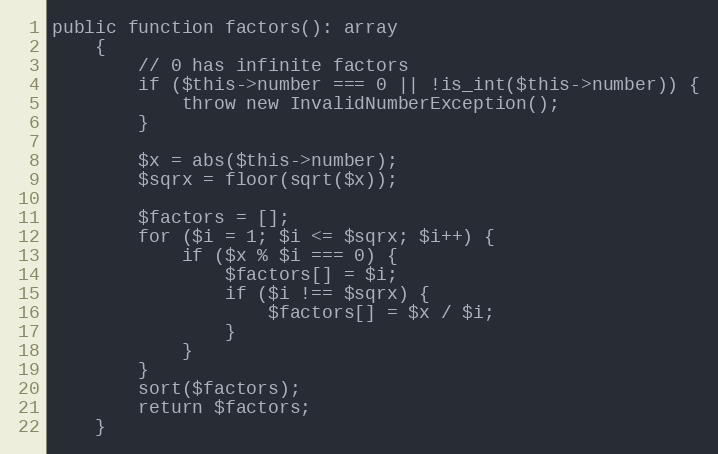
Language: PHP
public function factors(): array
    {
        // 0 has infinite factors
        if ($this->number === 0 || !is_int($this->number)) {
            throw new InvalidNumberException();
        }

        $x = abs($this->number);
        $sqrx = floor(sqrt($x));

        $factors = [];
        for ($i = 1; $i <= $sqrx; $i++) {
            if ($x % $i === 0) {
                $factors[] = $i;
                if ($i !== $sqrx) {
                    $factors[] = $x / $i;
                }
            }
        }
        sort($factors);
        return $factors;
    }